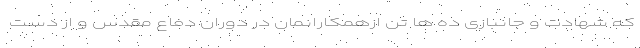
که شهادت و جانبازی ده ها تن ازهمکارانمان در دوران دفاع مقدس و از دست